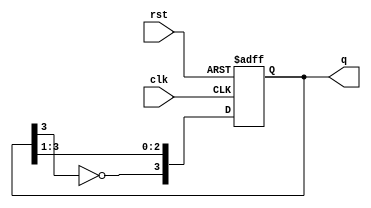
module johnson_counter #(
    parameter N = 4  // Number of flip-flops
)(
    input wire clk,   // Clock input
    input wire rst,   // Asynchronous reset
    output reg [N-1:0] q // Output of the counter
);

// Internal signal for feedback
wire feedback;

// Feedback is the inverted output of the last flip-flop
assign feedback = ~q[N-1];

always @(posedge clk or posedge rst) begin
    if (rst) begin
        // Initialize the counter to 0 on reset
        q <= 0;
    end else begin
        // Shift the counter and apply feedback
        q <= {feedback, q[N-1:1]};
    end
end

endmodule